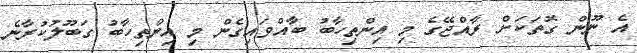
އެ ނޫން ގޮތަކަށް ރާއްޖޭގެ މި އިންތިހާބު ބާއްވައިގެން މި އިންތިހާބު ގަބޫލުކުރާނެ